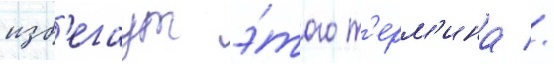
изб'егаут э́того т'ерм'ина //